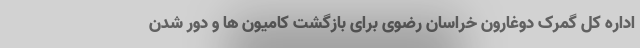
اداره کل گمرک دوغارون خراسان رضوی برای بازگشت کامیون ها و دور شدن